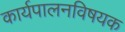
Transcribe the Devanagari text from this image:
कार्यपालनविषयक